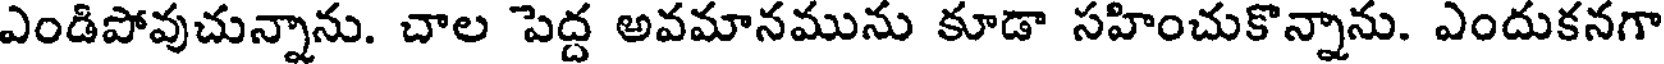
ఎండిపోవుచున్నాను. చాల పెద్ద అవమానమును కూడా సహించుకొన్నాను. ఎందుకనగా